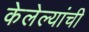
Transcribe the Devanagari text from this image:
केलेल्यांची